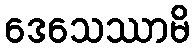
ဒေသေဿာမိ